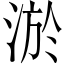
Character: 淤